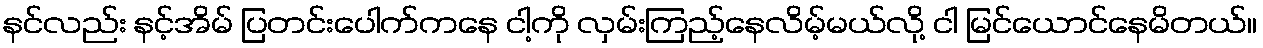
နင်လည်း နင့်အိမ် ပြတင်းပေါက်ကနေ ငါ့ကို လှမ်းကြည့်နေလိမ့်မယ်လို့ ငါ မြင်ယောင်နေမိတယ်။